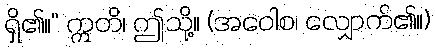
ရှိ၏။” ဣတိ၊ ဤသို့။ (အဝေါစ၊ လျှောက်၏။)